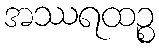
အဿရထဉ္စ